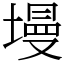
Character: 墁